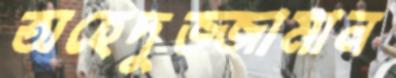
অহেদুজ্জামান